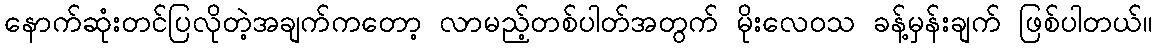
နောက်ဆုံးတင်ပြလိုတဲ့အချက်ကတော့ လာမည့်တစ်ပါတ်အတွက် မိုးလေဝသ ခန့်မှန်းချက် ဖြစ်ပါတယ်။